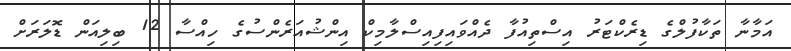
އަމާނާ ތަކާފުލްގެ ޑިރެކްޓަރު އިސްތިއުފާ ދެއްވައިފިއިސްލާމިކް އިންޝުއަރެންސުގެ ހިއްސާ 12 ބިލިއަން ޑޮލަރަށް